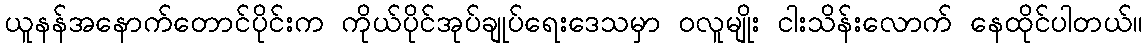
ယူနန်အနောက်တောင်ပိုင်းက ကိုယ်ပိုင်အုပ်ချုပ်ရေးဒေသမှာ ဝလူမျိုး ငါးသိန်းလောက် နေထိုင်ပါတယ်။